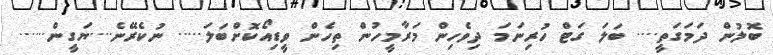
ބޮލުން ދަމަގަތީ.... ބަލަ ގަޓް ހުރިނަަަމަ ދިވެހިން މަރާމީހުން ތިހެން ވީޑިއޯކޮށްބަލަ..... ނުކެރޭނެ....ޔަގީން......